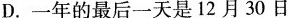
D.一年的最后一天是12月30日